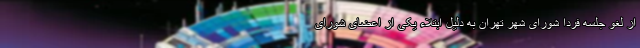
از لغو جلسه فردا شورای شهر تهران به دلیل ابتلاء یکی از اعضای شورای